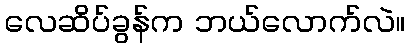
လေဆိပ်ခွန်က ဘယ်လောက်လဲ။